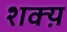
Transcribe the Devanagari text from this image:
शक्य़